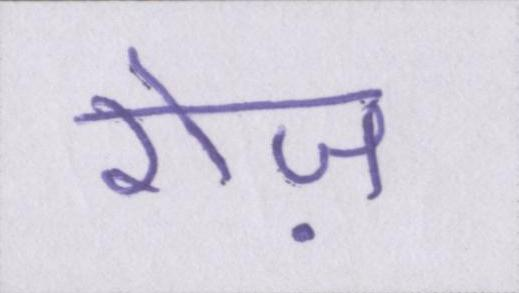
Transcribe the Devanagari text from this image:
रोज़